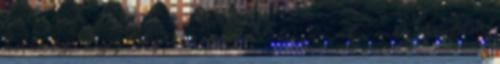
bazmeg. Egy ilyen roncsnál ki az aki meg tudná